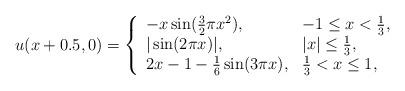
LaTeX: \begin{align*}u(x+0.5,0)=\left\{\begin{array}{ll}-x\sin(\frac{3}{2}\pi x^2), & \textrm{$-1\leq x < \frac{1}{3}$},\\|\sin(2\pi x)|, & \textrm{$|x| \le \frac{1}{3}$},\\2x-1-\frac{1}{6}\sin(3\pi x), & \textrm{$\frac{1}{3}<x\le 1$},\end{array}\right.\end{align*}